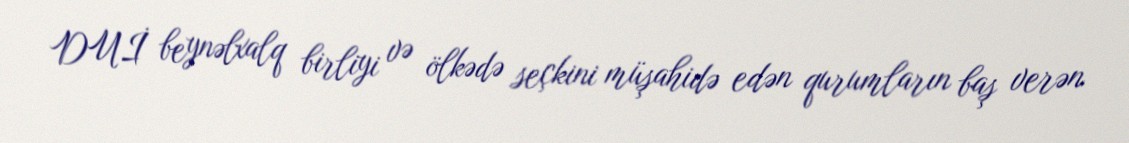
DUİ beynəlxalq birliyi və ölkədə seçkini müşahidə edən qurumların baş verən